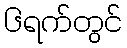
၆ရက်တွင်